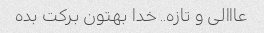
عااالی و تازه.. خدا بهتون برکت بده